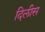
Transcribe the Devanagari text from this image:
दिलीस